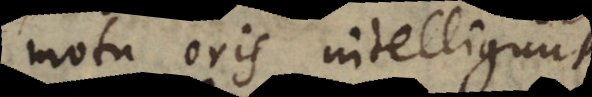
m oris intelligunt